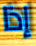
إذا